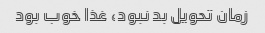
زمان تحویل بد نبود، غذا خوب بود